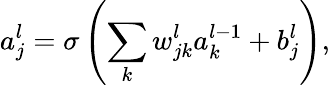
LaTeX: a_{j}^{l}=\sigma\left(\sum_{k}w_{jk}^{l}a_{k}^{l-1}+b_{j}^{l}\right),